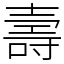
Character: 壽